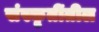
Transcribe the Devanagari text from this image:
संस्कृतींतील